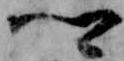
卿